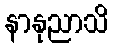
နာနုညာသိ